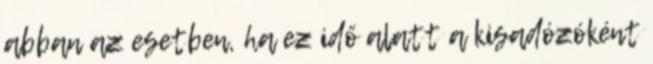
abban az esetben, ha ez idő alatt a kisadózóként